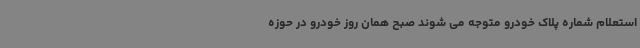
استعلام شماره پلاک خودرو متوجه می شوند صبح همان روز خودرو در حوزه